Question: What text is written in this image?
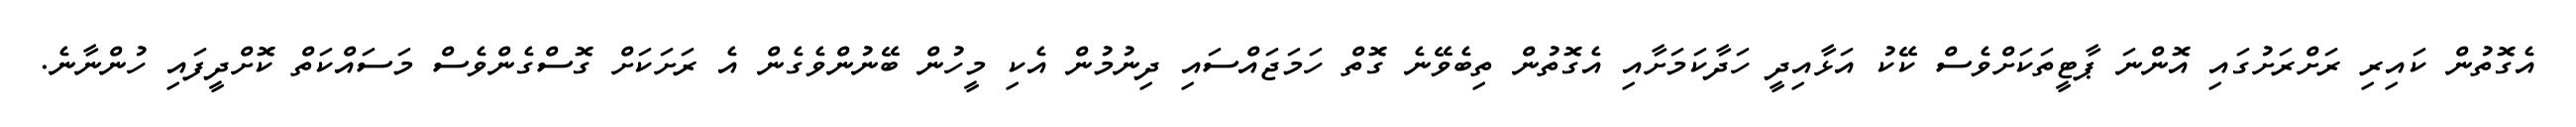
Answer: އެގޮތުން ކައިރި ރަށްރަށުގައި އޮންނަ ޕާޓީތަކަށްވެސް ކޭކު އަޅާއިދީ ހަދާކަމަށާއި އެގޮތުން ތިބެވޭނެ ގޮތް ހަމަޖައްސައި ދިނުމުން އެކި މީހުން ބޭނުންވެގެން އެ ރަށަކަށް ގޮސްގެންވެސް މަސައްކަތް ކޮށްދީފައި ހުންނާނެ.